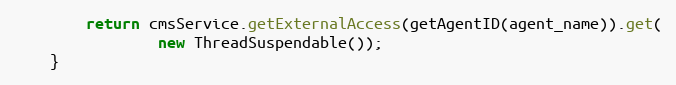
Language: Java
        return cmsService.getExternalAccess(getAgentID(agent_name)).get(
                new ThreadSuspendable());
    }